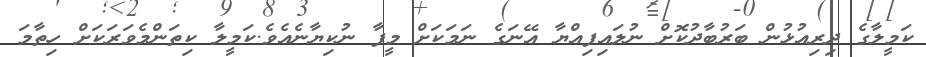
ކަމީލާގެ ދިރިއުޅުން ބަރުބާދުކޮށް ނުލައިފިއްޔާ އޭނަގެ ނަމަކަށް މީފާ ނުކިޔާނެއެވެ.ކަމީލާ ކިތަންމެވަރަކަށް ހިތާމަ